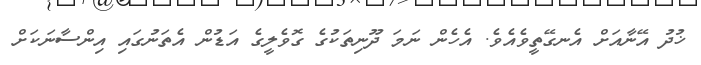
ޚުދު އޭނާއަށް އެނގޭތީވެއެވެ. އެހެން ނަމަ ދޫނިތަކުގެ ގޮވެލީގެ އަޑުން އެތަނުގައި އިންސާނަކަށް